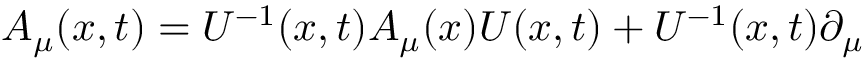
{ \cal A } _ { \mu } ( x , t ) = U ^ { - 1 } ( x , t ) A _ { \mu } ( x ) U ( x , t ) + U ^ { - 1 } ( x , t ) \partial _ { \mu }